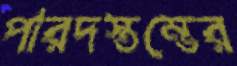
পারদস্তম্ভের